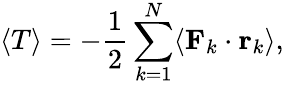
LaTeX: \langle T\rangle=-\frac{1}{2}\sum_{k=1}^{N}\langle\mathbf{F}_{k}\cdot\mathbf{r}_{k}\rangle,